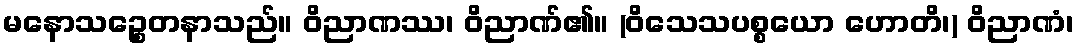
မနောသဉ္စေတနာသည်။ ဝိညာဏဿ၊ ဝိညာဏ်၏။ (ဝိသေသပစ္စယော ဟောတိ၊) ဝိညာဏံ၊